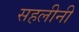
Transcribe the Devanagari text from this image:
सहलीनी